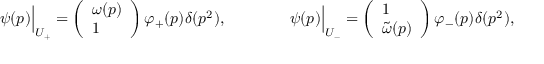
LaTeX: \psi ( p ) \Bigr | _ { U _ { + } } = \left( \begin{array} { l } { { \omega ( p ) } } \\ { { 1 } } \end{array} \right) \varphi _ { + } ( p ) \delta ( p ^ { 2 } ) , \qquad \qquad \psi ( p ) \Bigr | _ { U _ { - } } = \left( \begin{array} { l } { { 1 } } \\ { { \tilde { \omega } ( p ) } } \end{array} \right) \varphi _ { - } ( p ) \delta ( p ^ { 2 } ) ,